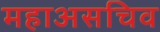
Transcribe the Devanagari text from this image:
महाअसचिव